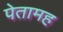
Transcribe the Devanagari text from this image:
पेतामह